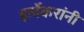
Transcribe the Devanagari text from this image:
इर्लेकरांनी